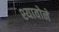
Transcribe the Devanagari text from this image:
श्यावोने